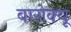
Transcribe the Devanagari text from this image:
बारोक्यू